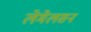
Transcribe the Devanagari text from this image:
लेमेलसन